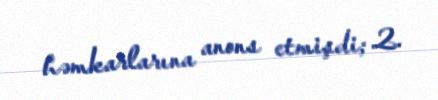
həmkarlarına anons etmişdi; 2.